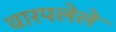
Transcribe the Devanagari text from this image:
वारपलेले